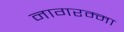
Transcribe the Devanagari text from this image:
नागरम्मा